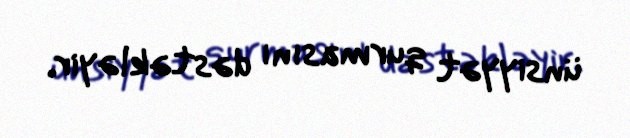
ünsiyyət qurmasını dəstəkləyir.